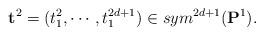
LaTeX: \begin{align*}\mathbf t^2=(t_1^2, \cdots, t_1^{2d+1})\in sym^{2d+1}(\mathbf P^1).\end{align*}